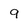
Character: 9